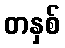
တနှစ်